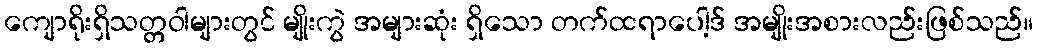
ကျောရိုးရှိသတ္တဝါများတွင် မျိုးကွဲ အများဆုံး ရှိသော တက်ထရာပေါ့ဒ် အမျိုးအစားလည်းဖြစ်သည်။